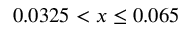
0 . 0 3 2 5 < x \leq 0 . 0 6 5